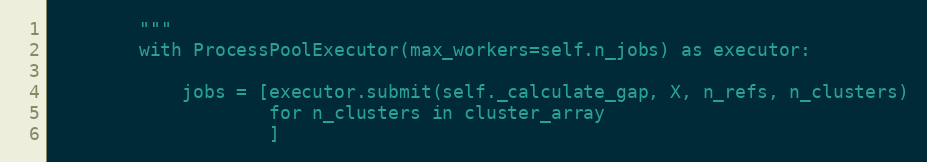
Language: Python
        """
        with ProcessPoolExecutor(max_workers=self.n_jobs) as executor:

            jobs = [executor.submit(self._calculate_gap, X, n_refs, n_clusters)
                    for n_clusters in cluster_array
                    ]